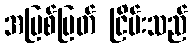
အမြစ်ပြတ် ငြိမ်းသည်